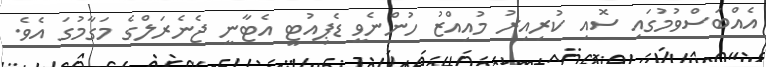
އެއްބަސްވުމުގައި ސޮއި ކުރިއިރު މުއިއްޒު ހުންނެވީ ޑެޕިއުޓީ އެޓާނީ ޖެނެރަލްގެ މަގާމުގަ އެވެ.